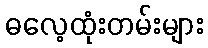
ဓလေ့ထုံးတမ်းများ